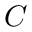
C